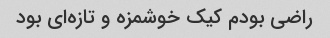
راضی بودم کیک خوشمزه و تازه‌ای بود